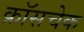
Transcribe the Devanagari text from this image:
क्रॉसचेक